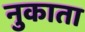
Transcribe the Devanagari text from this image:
नुकाता